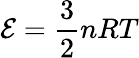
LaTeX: \mathcal{E}={\frac{{3}}{{2}}}nRT